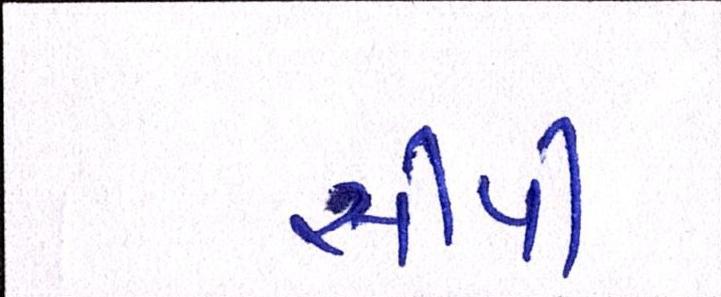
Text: સીપી